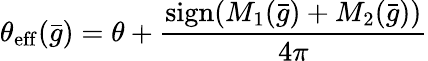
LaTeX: \theta_{\mathrm{eff}}({\bar{g}})=\theta+{\frac{\mathrm{sign}(M_{1}({\bar{g}})+M_{2}({\bar{g}}))}{4\pi}}